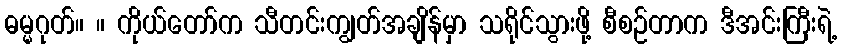
ဓမ္မဂုတ်။ ။ ကိုယ်တော်က သီတင်းကျွတ်အချိန်မှာ သရိုင်သွားဖို့ စီစဉ်တာက ဒီအင်းကြီးရဲ့